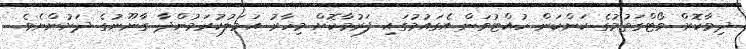
ދިމާކޮށް ވޯޓްގަތުމުގެ ކަންކަން ހުއްޓުވަން އެގައުމުގައި ފަރުމާކޮށް މިހާރު އަމަލުކުރަމުންދާ ގާނޫނުގެ ދަށުންނެވެ.